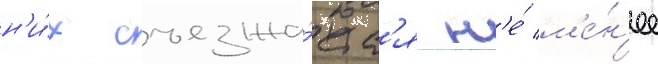
н'и́х съезжа́етс'я н'е́ м'е́н'ее